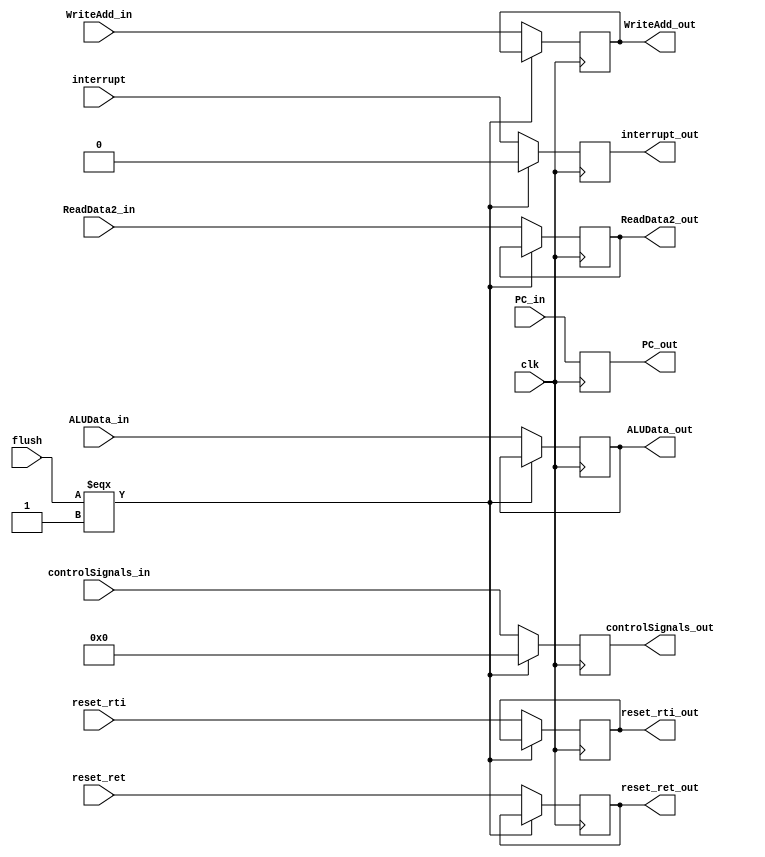
//E/M Buffer 
/*
Buffer between Fetch and Decode Stages
inputs:
  -instruction_in(32 bit):input instruction
  -clk:clock
  -PC

output:
  -instruction_out(32 bit):output instruction   
  -PC

*/
module EM_Buffer (controlSignals_in,reset_ret,reset_rti,ALUData_in,ReadData2_in,WriteAdd_in,interrupt,clk,PC_in,flush,controlSignals_out,ALUData_out,ReadData2_out,WriteAdd_out,PC_out,interrupt_out,reset_ret_out, reset_rti_out);
  input[9:0] controlSignals_in;
  input [15:0] ALUData_in,ReadData2_in;
  input [2:0] WriteAdd_in;
  input clk, interrupt, flush, reset_ret, reset_rti;
  input [47:0]PC_in;


  output reg [9:0] controlSignals_out;
  output reg [15:0] ALUData_out,ReadData2_out;
  output reg [2:0] WriteAdd_out;
  output reg [47:0]PC_out;
  output reg interrupt_out;
  output reg reset_ret_out;
  output reg reset_rti_out;


  always @(posedge clk)begin
    PC_out = PC_in;
    if(flush===1'b1) begin
      controlSignals_out=10'b0;
      interrupt_out = 1'b0;
    end else begin
      interrupt_out = interrupt;
      controlSignals_out = controlSignals_in;
      ALUData_out = ALUData_in;
      ReadData2_out = ReadData2_in;
      WriteAdd_out = WriteAdd_in;
      reset_ret_out = reset_ret;
      reset_rti_out = reset_rti;
    end

    end
endmodule